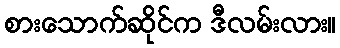
စားသောက်ဆိုင်က ဒီလမ်းလား။